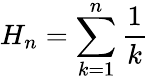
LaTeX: H_{n}=\sum_{k=1}^{n}{\frac{1}{k}}